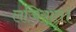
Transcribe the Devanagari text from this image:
लजियात।